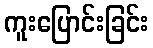
ကူးပြောင်းခြင်း